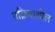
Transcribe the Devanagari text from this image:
प्रक्रियाशील